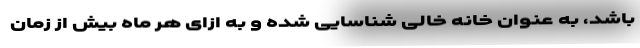
باشد، به عنوان خانه خالی شناسایی شده و به ازای هر ماه بیش از زمان